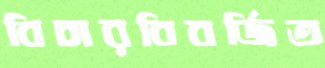
বিচারবিবর্জিত